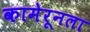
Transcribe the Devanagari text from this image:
कामेरूनला